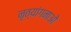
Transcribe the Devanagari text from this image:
नृत्‍यांगनाओं